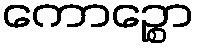
ကောဉ္စော